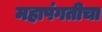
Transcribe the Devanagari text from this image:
महापंगतीचा